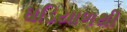
ઘડિયાળથી